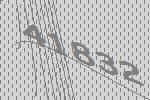
41832